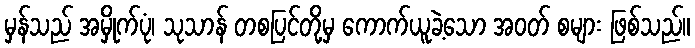
မှန်သည် အမှိုက်ပုံ၊ သုသာန် တစပြင်တို့မှ ကောက်ယူခဲ့သော အဝတ် စများ ဖြစ်သည်။